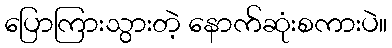
ပြောကြားသွားတဲ့ နောက်ဆုံးစကားပဲ။